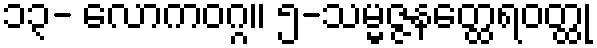
၁၃- လောကဝဂ္ဂ။ ၅-သမ္မဇ္ဇနတ္ထေရဝတ္ထု